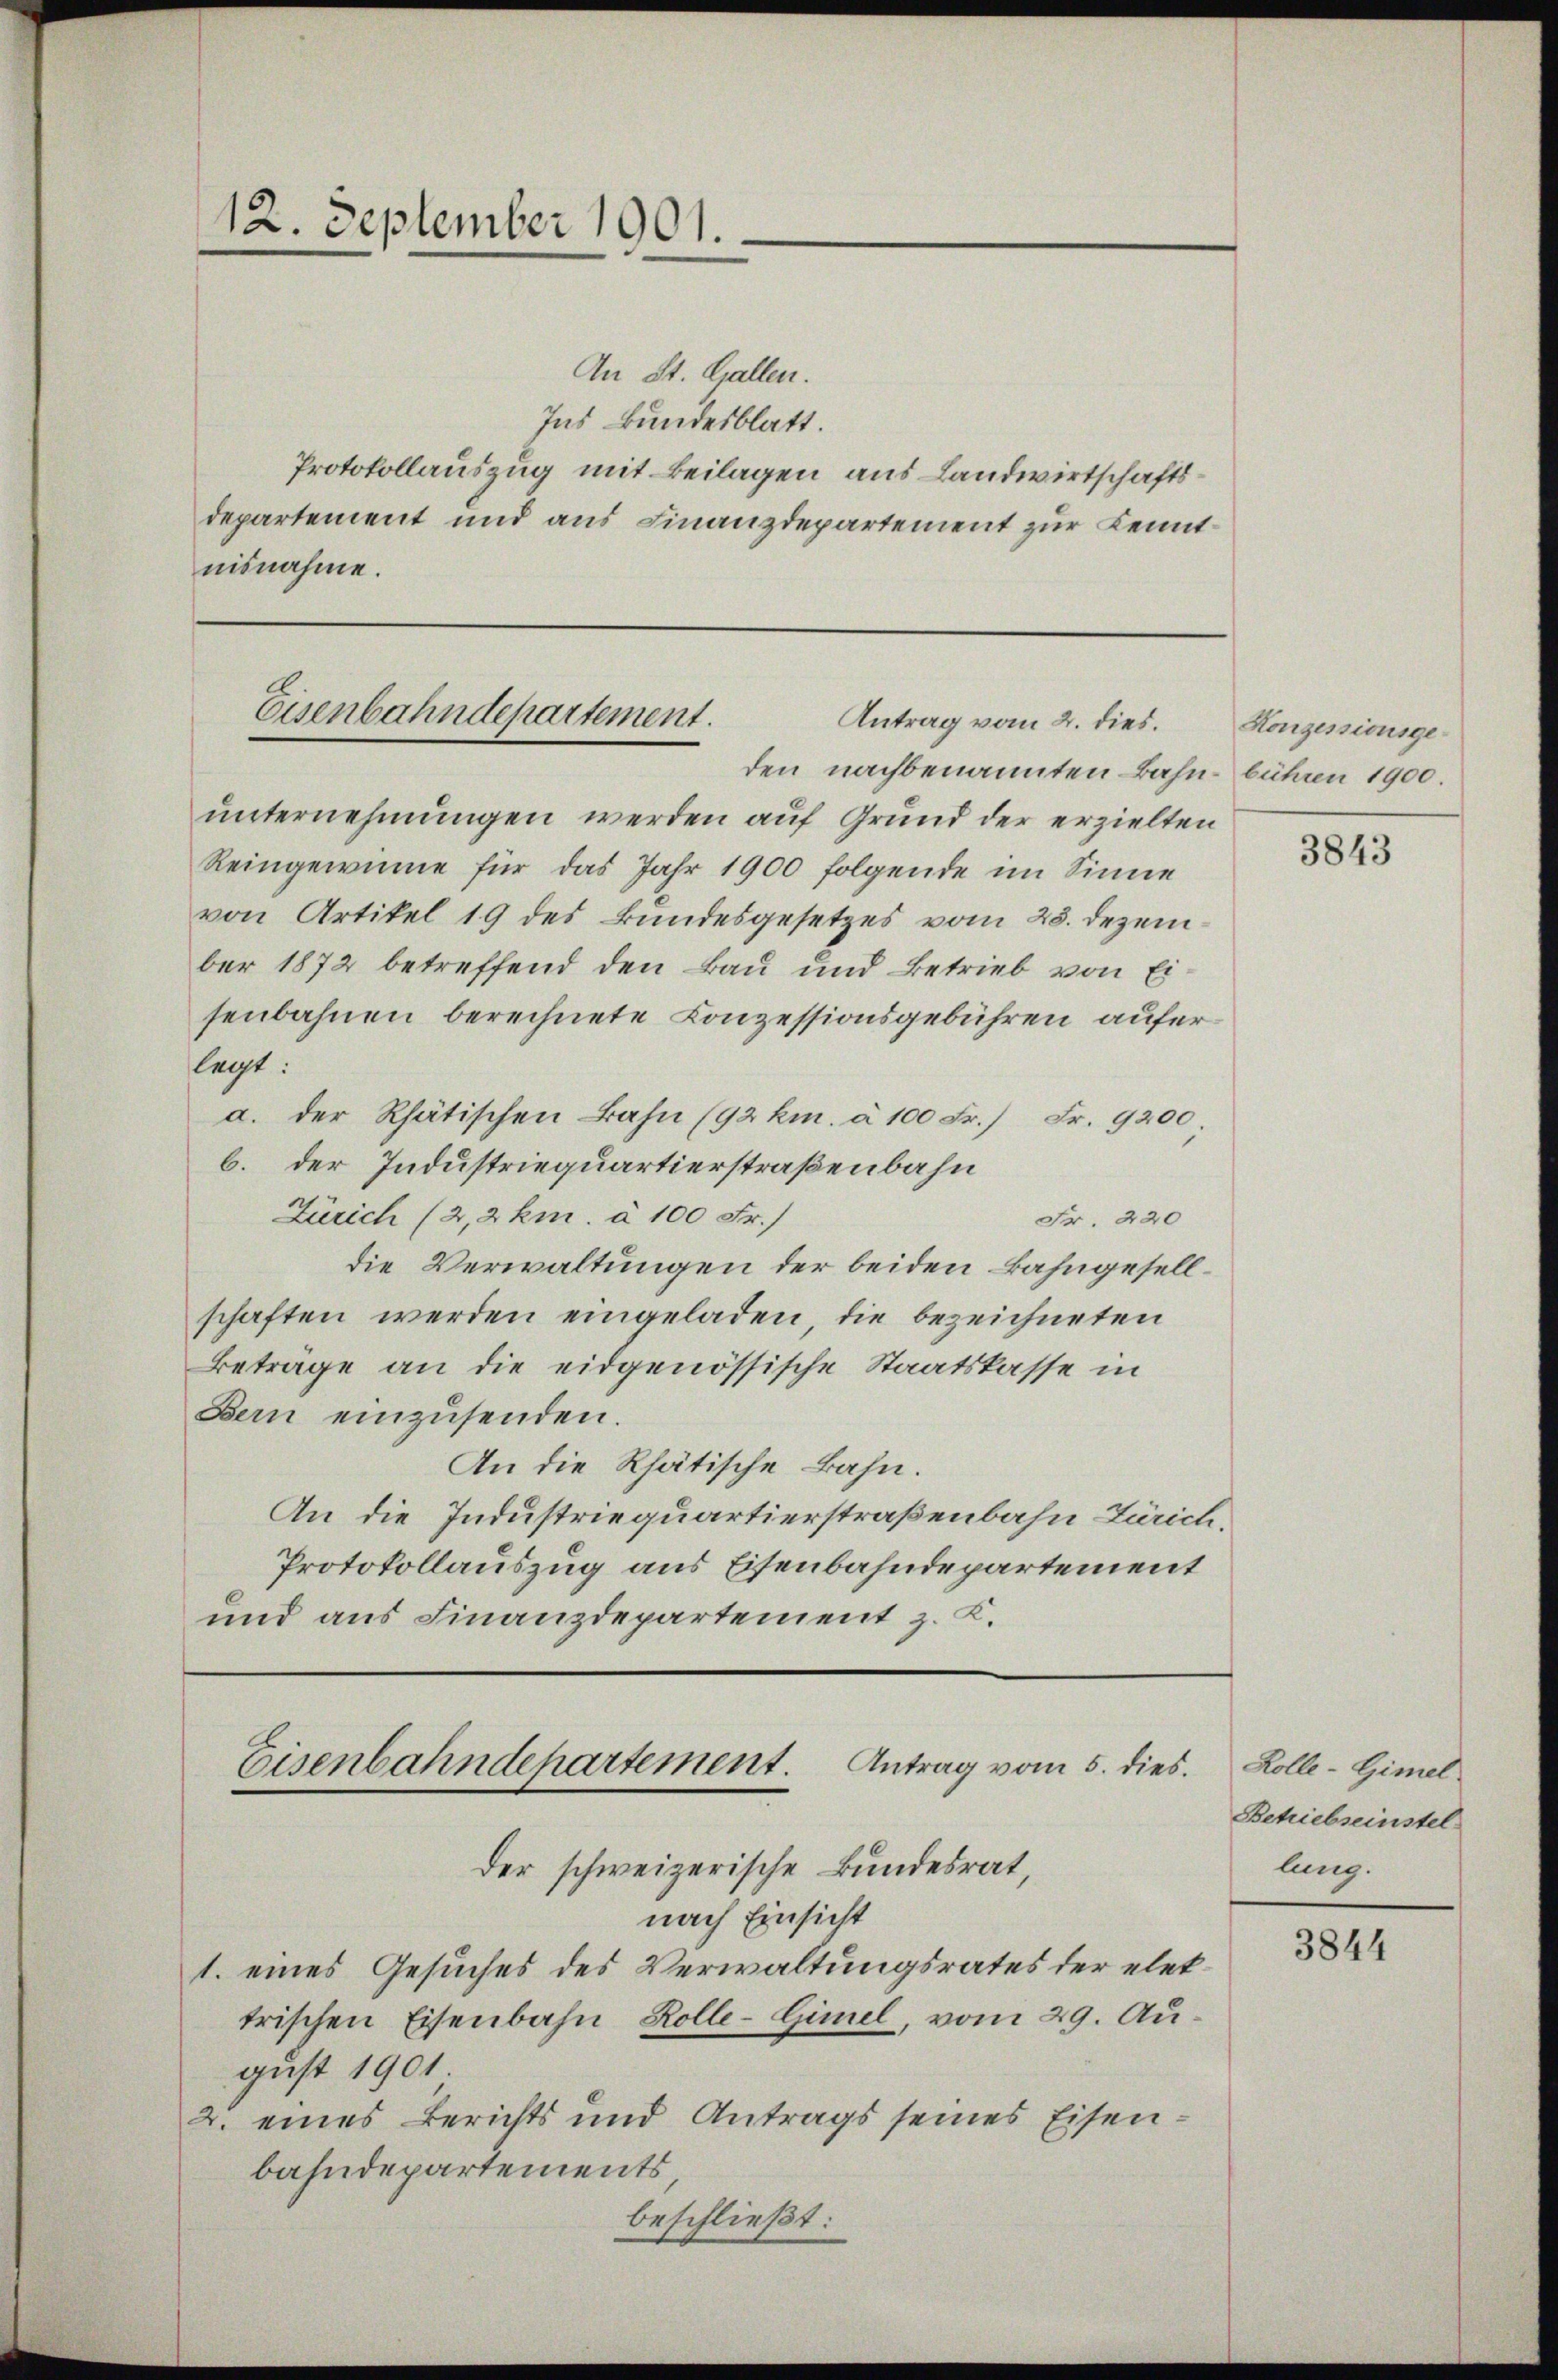
12. September 1901.

nisnahme.

An St. Gallen.
Ins Bundesblatt.
Protokollauszug mit Beilagen aus Landwirtschaftsdepartement und aus Finanzdepartement zur Kennt¬

Eisenbahndepartement.
Antrag vom 2. dies.
den nachbenannten Bahn- bühren 1900.

Antrag vom 5. dies.
Eisenbahndepartement.
der schweizerische Bundesrat,
nach Einsicht

1. eines Gesuches des Verwaltungsrates der elettrischen Eisenbahn Rolle-Gimel, vom 29. Au¬

unternehmungen werden auf Grund der erzielten
Reingewinne für das Jahr 1900 folgende im Sinne
von Artikel 19 des Bundesgesetzes vom 28. Dezember 1872 betreffend den Bau und Betrieb von Eisenbahnen berechnete Conzessionsgebühren auferlegt:
a. der Rhätischen Bahn (92 km. à 100 Fr.) Fr. 9200
b. der Industriequartierstraßenbahn
Zürich (2,2 km. à 100 Fr.)
Fr. 420
die Verwaltungen der beiden Bahngesellschaften werden eingeladen, die bezeichneten
Beträge an die eidgenössische Staatskasse in
Bern einzŭsenden.
An die Rhätische Bahn.
An die Industriequartierstraßenbahn Zürich.
Protokollauszug aus Eisenbahndepartement
und aus Finanzdepartement z. K.

gust 1901
2. eines Berichts und Antrags seines Eisenbahndepartements,
beschließt:

Honzessionsge¬

3843

Kolle-Gimel
Betriebseinstel
lung.

3844